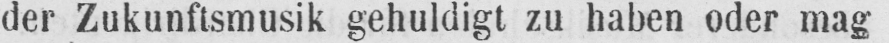
der Zukunftsmusik gehuldigt zu haben oder mag